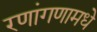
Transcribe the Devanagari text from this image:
रणांगणामधे